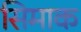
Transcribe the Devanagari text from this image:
सिमाक